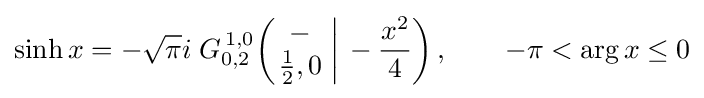
\sinh x=-{\sqrt {\pi }}i\;G_{0,2}^{\,1,0}\!\left(\left.{\begin{matrix}-\\{\frac {1}{2}},0\end{matrix}}\;\right|\,-{\frac {x^{2}}{4}}\right),\qquad -\pi <\arg x\leq 0